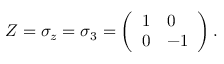
\ Z = \sigma _ { z } = \sigma _ { 3 } = \left( \begin{array} { l l } { 1 } & { 0 } \\ { 0 } & { - 1 } \end{array} \right) .